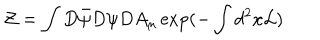
LaTeX: { \cal Z } = \int D \bar { \psi } D \psi D A _ { \mu } \exp ( - \int d ^ { 2 } x { \cal L } )